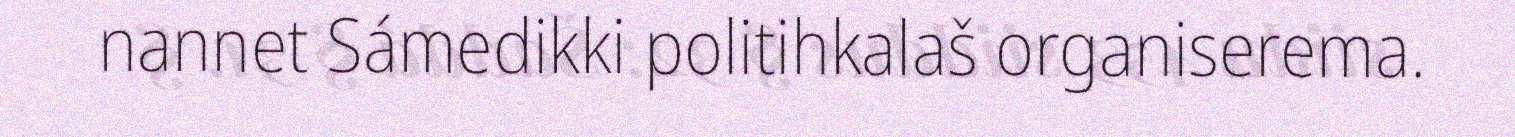
nannet Sámedikki politihkalaš organiserema.